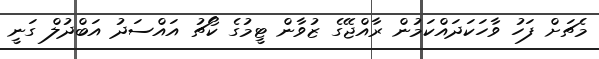
މެޗަށް ފަހު ވާހަކަދައްކަމުން ރާއްޖޭގެ ޒުވާން ޓީމުގެ ކޯޗު އައްސަދު އަބްދުލް ގަނީ